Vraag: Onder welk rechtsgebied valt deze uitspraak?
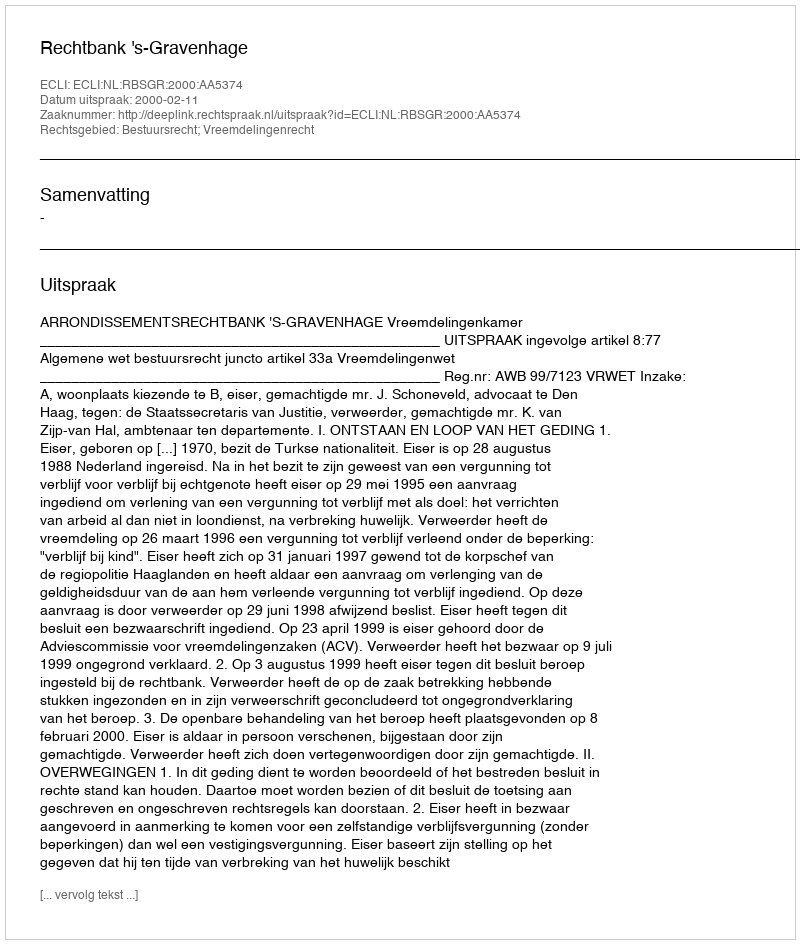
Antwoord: Bestuursrecht; Vreemdelingenrecht